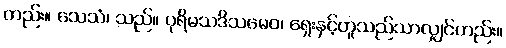
တည်း။ သေသံ၊ သည်။ ပုရိမသဒိသမေဝ၊ ရှေးနှင့်တူသည်သာလျှင်တည်း။